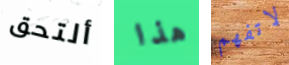
ألتحق هذا لاتفهم